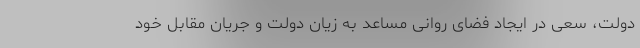
دولت، سعی در ایجاد فضای روانی مساعد به زیان دولت و جریان مقابل خود